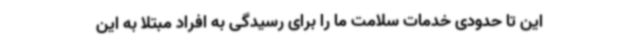
این تا حدودی خدمات سلامت ما را برای رسیدگی به افراد مبتلا به این